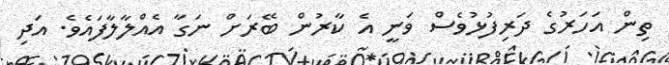
ތިން އަހަރުގެ ދަރިފުޅުވެސް ވަނީ އެ ކާރުން ބޭރަށް ނަގާ އެއްލާލާފައެވެ. އަދި